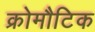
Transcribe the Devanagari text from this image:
क्रोमौटिक